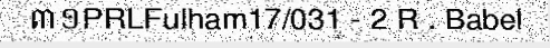
៣១PRLFulham17/031 - 2 R . Babel